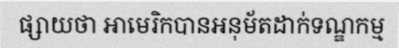
ផ្សាយថា អាមេរិកបានអនុម័តដាក់ទណ្ឌកម្ម